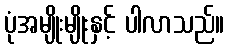
ပုံအမျိုးမျိုးနှင့် ပါလာသည်။